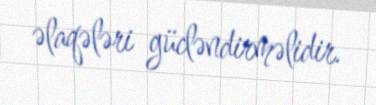
əlaqələri gücləndirməlidir.